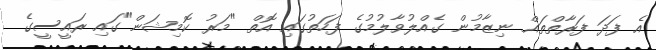
އެ ފަދަ ފަރާތްތައް ނިޒާމުން ގެއްލުވާލުމުގެ ފަހަތުގައި އޮތް "މަރު ކޮމިޝަން"ގައި ރައީސީގެ